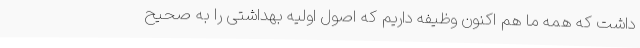
داشت که همه ما هم اکنون وظیفه داریم که اصول اولیه بهداشتی را به صحیح